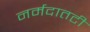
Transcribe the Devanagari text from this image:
नर्मदातटी